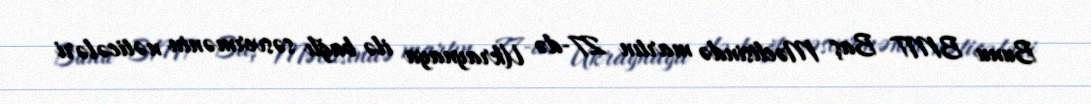
Bunu BMT Baş Məclisində martın 27-də Ukraynaya ilə bağlı səsvermənin nəticələri